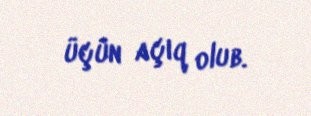
üçün açıq olub.